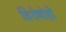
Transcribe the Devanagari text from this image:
विशेषोही